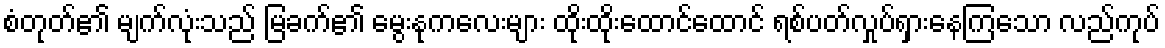
စံတုတ်၏ မျက်လုံးသည် မြခက်၏ မွေးနုကလေးများ ထိုးထိုးထောင်ထောင် ရစ်ပတ်လှုပ်ရှားနေကြသော လည်ကုပ်